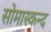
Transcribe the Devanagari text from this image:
सोमास्कन्द